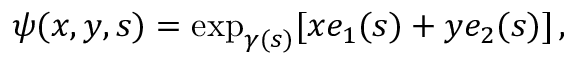
\psi ( x , y , s ) = \exp _ { \gamma ( s ) } [ x e _ { 1 } ( s ) + y e _ { 2 } ( s ) ] \, ,